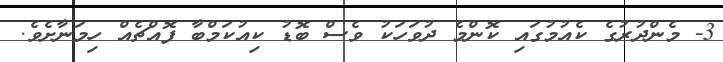
3- މެންދުރުގެ ކެއުމުގައި ކޮންމެ ދުވަހަކު ވެސް ބޮޑު ކިއުކަމްބާ ފޮއްޗެއް ހިމަނާށެވެ.